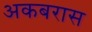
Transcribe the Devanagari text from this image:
अकबरास